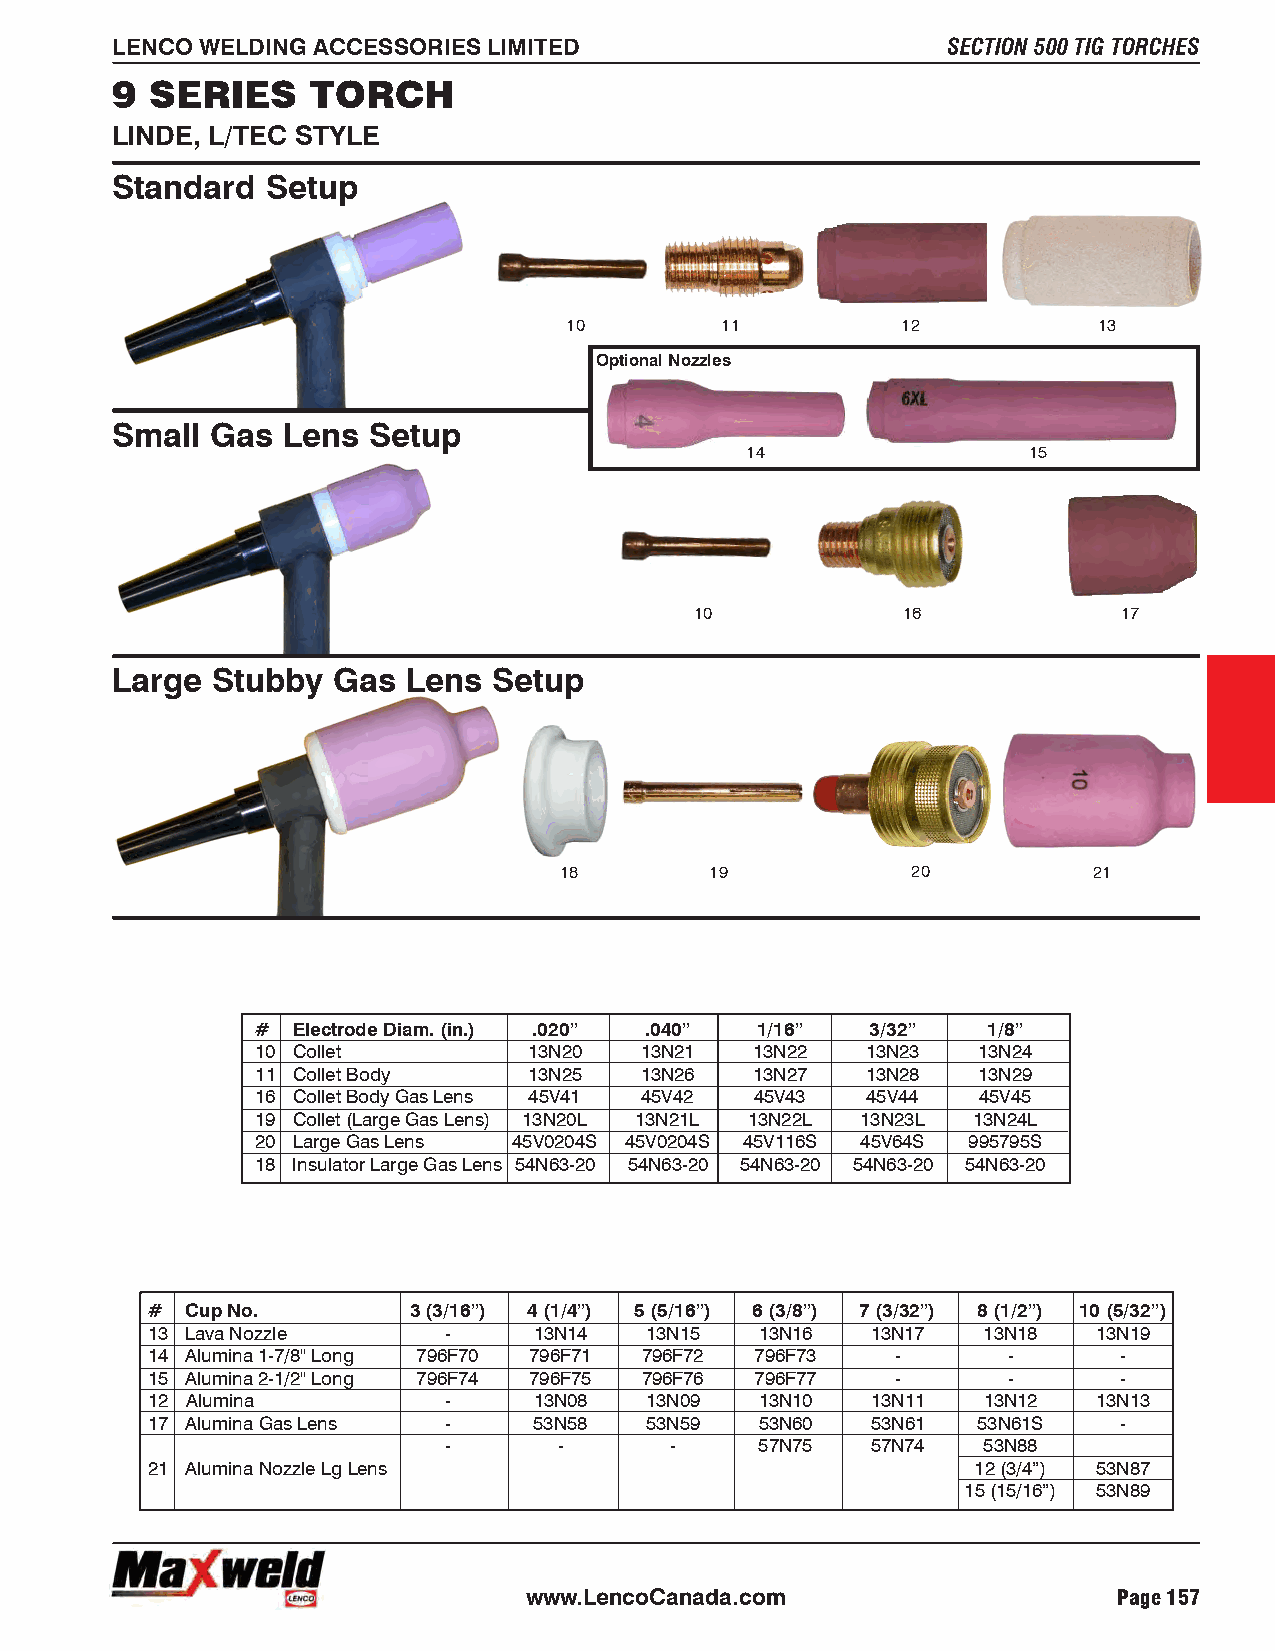
LENCO WELDING ACCESSORIES LIMITED                       SECTION 500 TIG TORCHES
 9  SERIES     TORCH
 LINDE, L/TEC STYLE
 Standard   Setup
 10         11          12           13
 Optional Nozzles
 Small  Gas  Lens Setup
 14                 15
 10            16            17
 Large  Stubby  Gas  Lens  Setup
 18        19           20          21
 # Electrode Diam. (in.) .020” .040” 1/16” 3/32” 1/8”
 10 Collet         13N20  13N21   13N22  13N23   13N24
 11 Collet Body    13N25  13N26   13N27  13N28   13N29
 16 Collet Body Gas Lens 45V41 45V42 45V43 45V44 45V45
 19 Collet (Large Gas Lens) 13N20L 13N21L 13N22L 13N23L 13N24L
 20 Large Gas Lens 45V0204S 45V0204S 45V116S 45V64S 995795S
 18 Insulator Large Gas Lens 54N63-20 54N63-20 54N63-20 54N63-20 54N63-20
 # Cup No.        3 (3/16”) 4 (1/4”) 5 (5/16”) 6 (3/8”) 7 (3/32”) 8 (1/2”) 10 (5/32”)
 13 Lava Nozzle     -     13N14   13N15  13N16   13N17  13N18   13N19
 14 Alumina 1-7/8" Long 796F70 796F71 796F72 796F73 -     -      -
 15 Alumina 2-1/2" Long 796F74 796F75 796F76 796F77 -     -      -
 12 Alumina         -     13N08   13N09  13N10   13N11  13N12   13N13
 17 Alumina Gas Lens -    53N58   53N59  53N60   53N61  53N61S   -
 -       -      -     57N75   57N74  53N88
 21 Alumina Nozzle Lg Lens                              12 (3/4”) 53N87
 15 (15/16”) 53N89
 www.LencoCanada.com                    Page 157